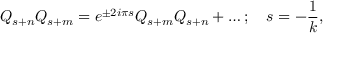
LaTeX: Q _ { s + n } Q _ { s + m } = e ^ { \pm 2 i { \pi } s } Q _ { s + m } Q _ { s + n } + \ldots ; \quad s = { - { \frac { 1 } { k } } } ,